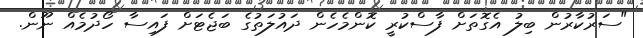
"ސަރުކާރުން ބިލު އެގޮތަށް ފާސްކުރީ ކޮންމެހެން ދައުލަތުގެ ބަޖެޓަށް ފައިސާ ހޯދުމެއް ނޫން.